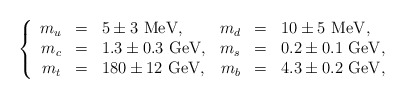
\begin{align*}\left\{\begin{array}{rclrcl}m_u&=&5\pm 3\ {\rm MeV},&m_d&=&10\pm 5\ {\rm MeV},\\m_c&=&1.3\pm 0.3\ {\rm GeV},&m_s&=&0.2\pm 0.1\ {\rm GeV},\\m_t&=&180\pm 12\ {\rm GeV},&m_b&=&4.3\pm 0.2\ {\rm GeV},\end{array}\right.\end{align*}